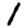
Digit: 1